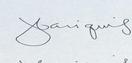
Signature authenticity: genuine